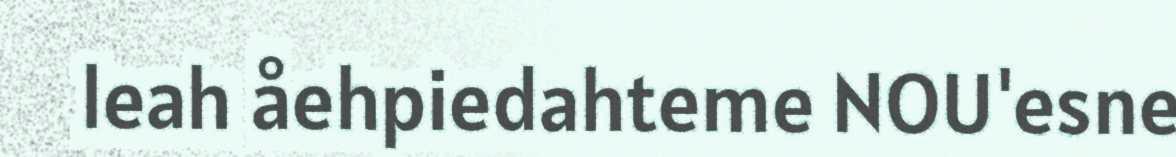
leah åehpiedahteme NOU'esne